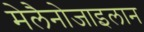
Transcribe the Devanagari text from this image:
मेलैनोजाइलान